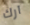
آرك